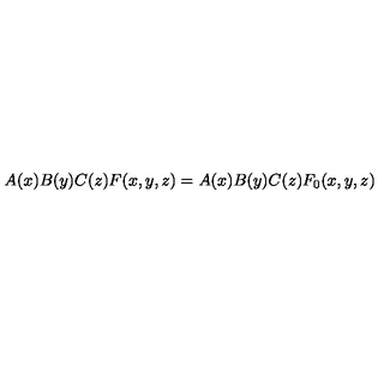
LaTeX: A ( x ) B ( y ) C ( z ) F ( x , y , z ) = A ( x ) B ( y ) C ( z ) F _ { 0 } ( x , y , z )